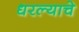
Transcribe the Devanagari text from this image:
धरल्याचे